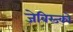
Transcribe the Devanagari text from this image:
जेबिस्ज्को